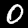
Digit: 0